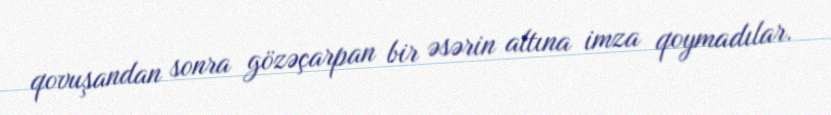
qovuşandan sonra gözəçarpan bir əsərin altına imza qoymadılar.